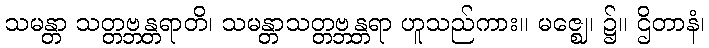
သမန္တာ သတ္တဗ္ဘန္တရာတိ၊ သမန္တာသတ္တဗ္ဘန္တရာ ဟူသည်ကား။ မဇ္ဈေ၊ ၌။ ဌိတာနံ၊